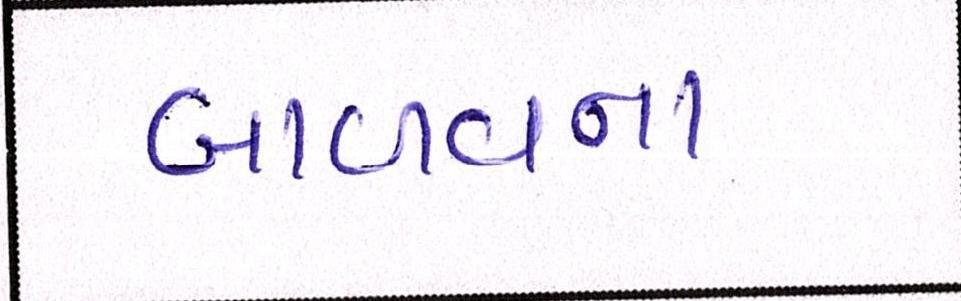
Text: બાવળના